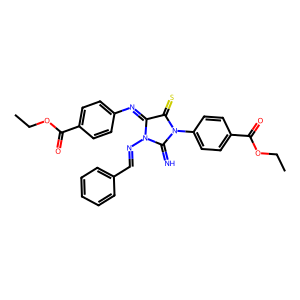
SMILES: CCOC(=O)c1ccc(N=C2C(=S)N(c3ccc(C(=O)OCC)cc3)C(=N)N2N=Cc2ccccc2)cc1
Inhibits HIV replication: No